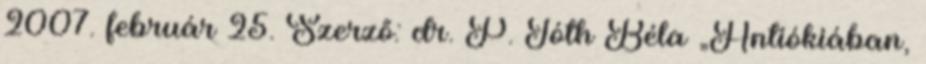
2007. február 25. Szerző: dr. P. Tóth Béla „Antiókiában,